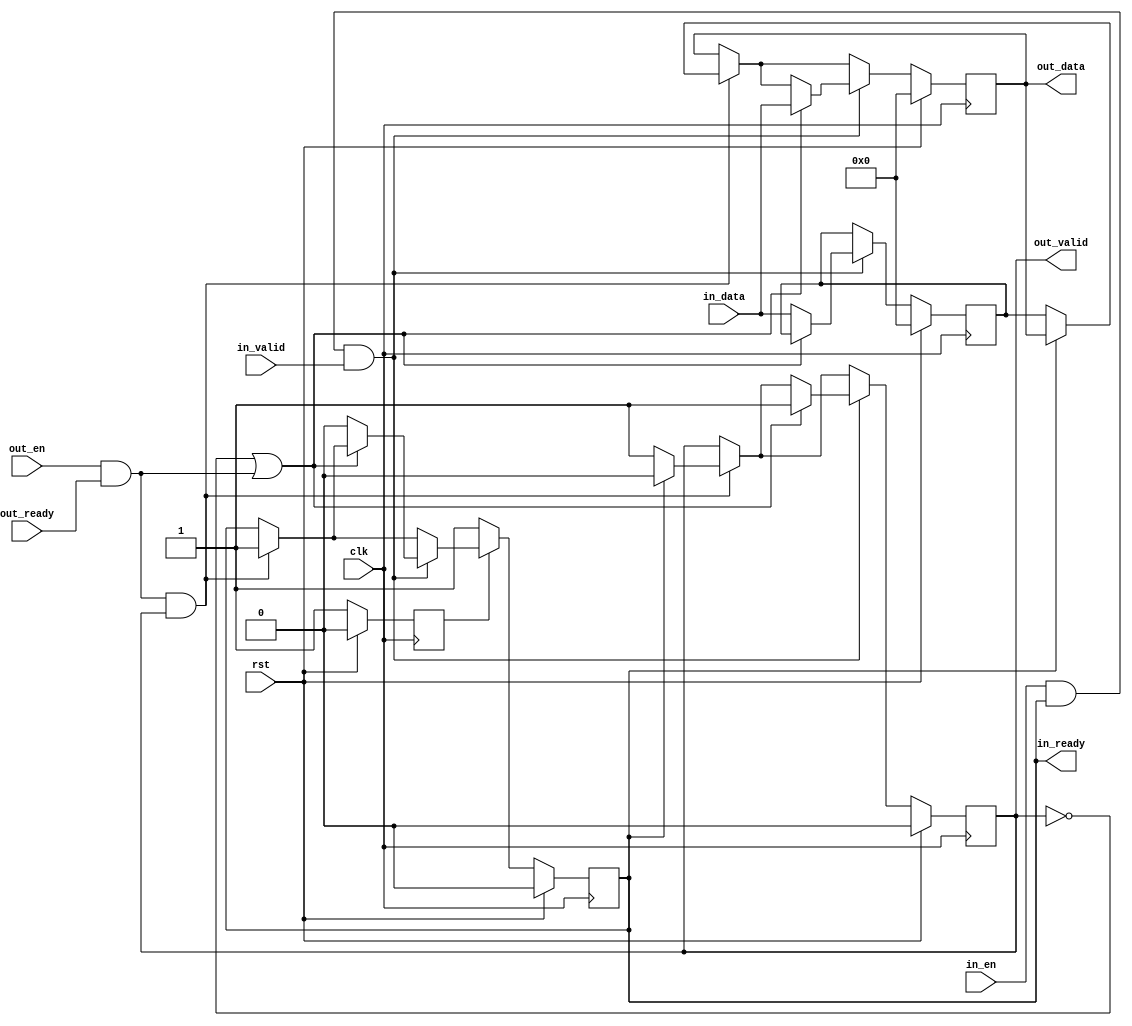
// 
// Copyright (c) 2011, Daniel Strother < http://danstrother.com/ >
// All rights reserved.
// 
// Redistribution and use in source and binary forms, with or without
// modification, are permitted provided that the following conditions are met:
//   - Redistributions of source code must retain the above copyright notice,
//     this list of conditions and the following disclaimer.
//   - Redistributions in binary form must reproduce the above copyright
//     notice, this list of conditions and the following disclaimer in the
//     documentation and/or other materials provided with the distribution.
//   - The name of the author may not be used to endorse or promote products
//     derived from this software without specific prior written permission.
// 
// THIS SOFTWARE IS PROVIDED BY THE AUTHOR "AS IS" AND ANY EXPRESS OR IMPLIED
// WARRANTIES, INCLUDING, BUT NOT LIMITED TO, THE IMPLIED WARRANTIES OF
// MERCHANTABILITY AND FITNESS FOR A PARTICULAR PURPOSE ARE DISCLAIMED. IN NO
// EVENT SHALL THE AUTHOR BE LIABLE FOR ANY DIRECT, INDIRECT, INCIDENTAL,
// SPECIAL, EXEMPLARY, OR CONSEQUENTIAL DAMAGES (INCLUDING, BUT NOT LIMITED
// TO, PROCUREMENT OF SUBSTITUTE GOODS OR SERVICES; LOSS OF USE, DATA, OR
// PROFITS; OR BUSINESS INTERRUPTION) HOWEVER CAUSED AND ON ANY THEORY OF
// LIABILITY, WHETHER IN CONTRACT, STRICT LIABILITY, OR TORT (INCLUDING
// NEGLIGENCE OR OTHERWISE) ARISING IN ANY WAY OUT OF THE USE OF THIS
// SOFTWARE, EVEN IF ADVISED OF THE POSSIBILITY OF SUCH DAMAGE.
//

// Module Description:
// 2-level register slice for decoupling two ready/valid handshaked interfaces.
// All outputs are registered. No asynchronous paths exist between source and
// sink ports.

module dlsc_rvh_decoupler #(
    parameter WIDTH = 32
) (
    // system
    input   wire                clk,
    input   wire                rst,

    // source
    input   wire                in_en,          // clk_en for source
    output  reg                 in_ready,
    input   wire                in_valid,
    input   wire    [WIDTH-1:0] in_data,

    // sink
    input   wire                out_en,         // clk_en for sink
    input   wire                out_ready,
    output  reg                 out_valid,
    output  reg     [WIDTH-1:0] out_data
);

reg [WIDTH-1:0] data;       // valid value present when !in_ready
reg             rst_done;

always @(posedge clk) begin
    if(rst) begin
        in_ready        <= 1'b0;
        out_valid       <= 1'b0;
        out_data        <= {WIDTH{1'b0}};
        data            <= {WIDTH{1'b0}};
        rst_done        <= 1'b0;
    end else begin
        if(out_en && out_ready && out_valid) begin
            // sink consumed a value
            if(!in_ready) begin
                // valid data present in buffer
                // ..present to sink
                out_data        <= data;
                out_valid       <= 1'b1;
                // ..indicate to source that buffer space is now available
                in_ready        <= 1'b1;
            end else begin
                // out of data
                // (may be overriden below if source has more data)
                out_valid       <= 1'b0;
            end
        end

        if(in_en && in_ready && in_valid) begin
            // source supplied a value
            if(!out_valid || (out_en && out_ready)) begin
                // sink has no data
                // ..immediately present new value to sink
                out_data        <= in_data;
                out_valid       <= 1'b1;
            end else begin
                // save value in buffer
                data                <= in_data;
                // ..indicate buffer space no longer available
                in_ready            <= 1'b0;
            end
        end

        // logic for initially setting in_ready out of reset
        rst_done        <= 1'b1;
        if(!rst_done) begin
            in_ready        <= 1'b1;
        end
    end
end

endmodule